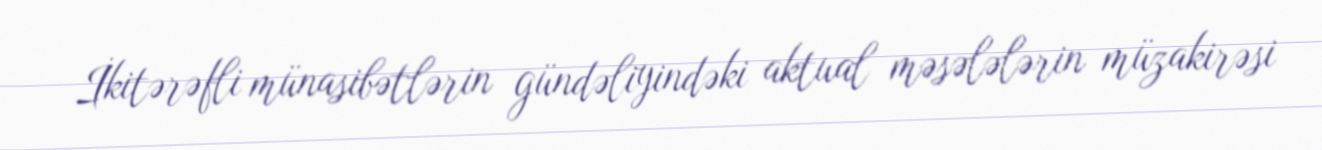
İkitərəfli münasibətlərin gündəliyindəki aktual məsələlərin müzakirəsi